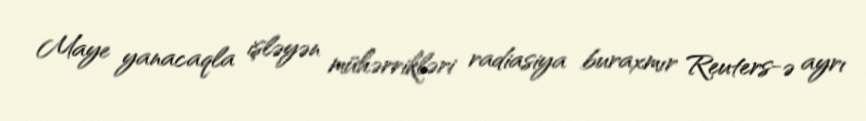
Maye yanacaqla işləyən mühərrikləri radiasiya buraxmır Reuters-ə ayrı